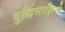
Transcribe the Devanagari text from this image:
बुद्धिसाक्षिणे